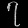
Digit: ၇